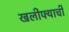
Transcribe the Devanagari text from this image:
खलीफ्याची